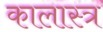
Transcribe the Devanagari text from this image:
कालास्त्र